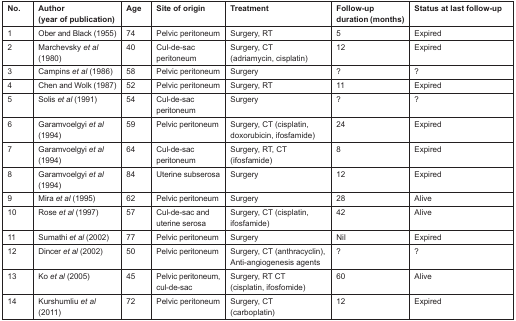
<table><thead><tr><td><b>No.</b></td><td><b>Author (year of publication)</b></td><td><b>Age</b></td><td><b>Site of origin</b></td><td><b>Treatment</b></td><td><b>Follow-up duration (months)</b></td><td><b>Status at last follow-up</b></td></tr></thead><tbody><tr><td>1</td><td>Ober and Black (1955)</td><td>74</td><td>Pelvic peritoneum</td><td>Surgery, RT</td><td>5</td><td>Expired</td></tr><tr><td>2</td><td>Marchevsky <i>et al</i> (1980)</td><td>40</td><td>Cul-de-sac peritoneum</td><td>Surgery, CT (adriamycin, cisplatin)</td><td>12</td><td>Expired</td></tr><tr><td>3</td><td>Campins <i>et al</i> (1986)</td><td>58</td><td>Pelvic peritoneum</td><td>Surgery</td><td>?</td><td>?</td></tr><tr><td>4</td><td>Chen and Wolk (1987)</td><td>52</td><td>Pelvic peritoneum</td><td>Surgery, RT</td><td>11</td><td>Expired</td></tr><tr><td>5</td><td>Solis <i>et al</i> (1991)</td><td>54</td><td>Cul-de-sac peritoneum</td><td>Surgery</td><td>?</td><td>?</td></tr><tr><td>6</td><td>Garamvoelgyi <i>et al</i> (1994)</td><td>59</td><td>Pelvic peritoneum</td><td>Surgery, CT (cisplatin, doxorubicin, ifosfamide)</td><td>24</td><td>Expired</td></tr><tr><td>7</td><td>Garamvoelgyi <i>et al</i> (1994)</td><td>64</td><td>Cul-de-sac peritoneum</td><td>Surgery, RT, CT (ifosfamide)</td><td>8</td><td>Expired</td></tr><tr><td>8</td><td>Garamvoelgyi <i>et al</i> (1994)</td><td>84</td><td>Uterine subserosa</td><td>Surgery</td><td>12</td><td>Expired</td></tr><tr><td>9</td><td>Mira <i>et al</i> (1995)</td><td>62</td><td>Pelvic peritoneum</td><td>Surgery</td><td>28</td><td>Alive</td></tr><tr><td>10</td><td>Rose <i>et al</i> (1997)</td><td>57</td><td>Cul-de-sac and uterine serosa</td><td>Surgery, CT (cisplatin, ifosfamide)</td><td>42</td><td>Alive</td></tr><tr><td>11</td><td>Sumathi <i>et al</i> (2002)</td><td>77</td><td>Pelvic peritoneum</td><td>Surgery</td><td>Nil</td><td>Expired</td></tr><tr><td>12</td><td>Dincer <i>et al</i> (2002)</td><td>50</td><td>Pelvic peritoneum</td><td>Surgery, CT (anthracyclin), Anti-angiogenesis agents</td><td>?</td><td>?</td></tr><tr><td>13</td><td>Ko <i>et al</i> (2005)</td><td>45</td><td>Pelvic peritoneum, cul-de-sac</td><td>Surgery, RT CT (cisplatin, ifosfomide)</td><td>60</td><td>Alive</td></tr><tr><td>14</td><td>Kurshumliu <i>et al</i> (2011)</td><td>72</td><td>Pelvic peritoneum</td><td>Surgery, CT (carboplatin)</td><td>12</td><td>Expired</td></tr></tbody></table>